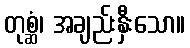
တုစ္ဆံ၊ အချည်းနှီးသော။